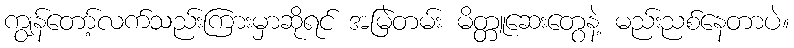
ကျွန်တော့်လက်သည်းကြားမှာဆိုရင် အမြဲတမ်း မိတ္တူဆေးတွေနဲ့ မည်းညစ်နေတာပဲ။